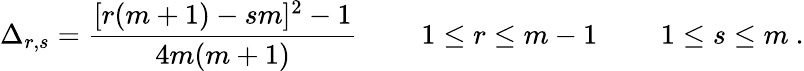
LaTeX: \Delta_{r,s}={\frac{[r(m+1)-sm]^{2}-1}{4m(m+1)}}\ \qquad 1\leq r\leq m-1\ \qquad 1\leq s\leq m\ .